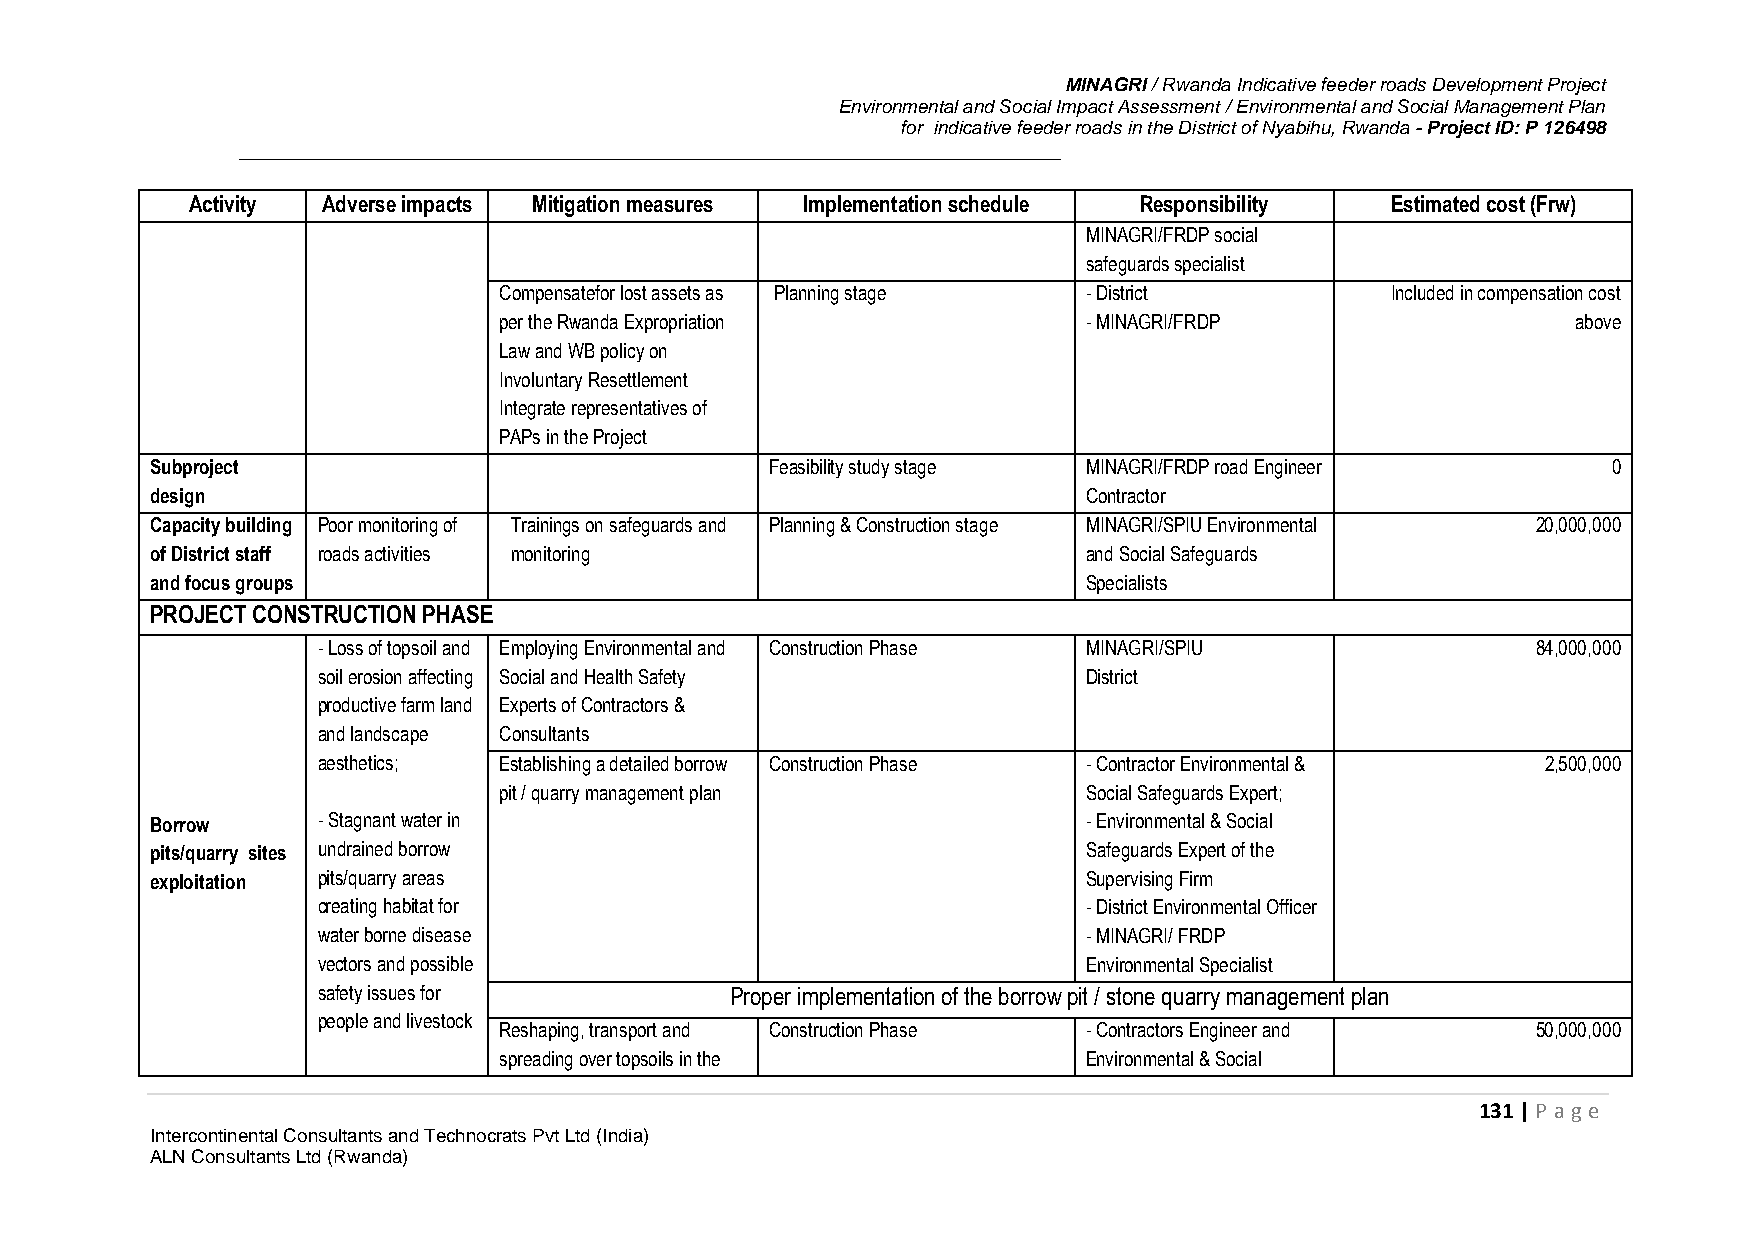
MINAGRI / Rwanda Indicative feeder roads Development Project
 Environmental and Social Impact Assessment / Environmental and Social Management Plan
 for indicative feeder roads in the District of Nyabihu, Rwanda - Project ID: P 126498
 Activity Adverse impacts Mitigation measures Implementation schedule Responsibility Estimated cost (Frw)
 MINAGRI/FRDP social
 safeguards specialist
 Compensatefor lost assets as Planning stage - District     Included in compensation cost
 per the Rwanda Expropriation           - MINAGRI/FRDP                  above
 Law and WB policy on
 Involuntary Resettlement
 Integrate representatives of
 PAPs in the Project
 Subproject                               Feasibility study stage - MINAGRI/FRDP road Engineer    0
 design                                                     -  Contractor
 Capacity building Poor monitoring of Trainings on safeguards and Planning & Construction stage - MINAGRI/SPIU Environmental 20,000,000
 of District staff roads activities monitoring                 and Social Safeguards
 and focus groups                                              Specialists
 2.   PROJECT CONSTRUCTION PHASE
 - Loss of topsoil and Employing Environmental and Construction Phase MINAGRI/SPIU 84,000,000
 soil erosion affecting Social and Health Safety    District
 productive farm land Experts of Contractors &
 and landscape Consultants
 aesthetics; Establishing a detailed borrow Construction Phase - Contractor Environmental & 2,500,000
 pit / quarry management plan           Social Safeguards Expert;
 Borrow     - Stagnant water in                                - Environmental & Social
 pits/quarry sites undrained borrow                            Safeguards Expert of the
 exploitation pits/quarry areas                                Supervising Firm
 creating habitat for                               - District Environmental Officer
 water borne disease                                - MINAGRI/ FRDP
 vectors and possible                               Environmental Specialist
 safety issues for          Proper implementation of the borrow pit / stone quarry management plan
 people and livestock
 Reshaping, transport and Construction Phase - Contractors Engineer and 50,000,000
 spreading over topsoils in the         Environmental & Social
 131 | P age
 Intercontinental Consultants and Technocrats Pvt Ltd (India)
 ALN Consultants Ltd (Rwanda)